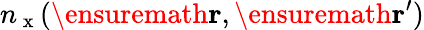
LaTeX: n_{\mathrm{~x~}}(\ensuremath{\mathbf{r}},\ensuremath{\mathbf{r}}^{\prime})